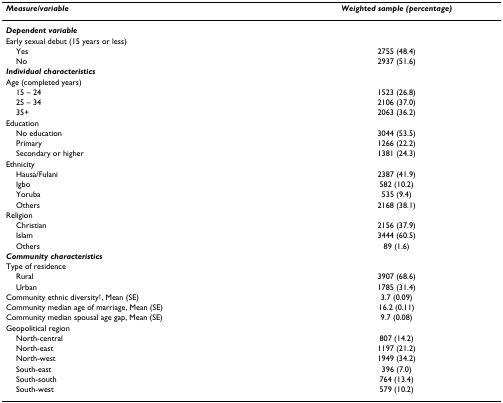
<table><thead><tr><td><b><i>Measure/variable</i></b></td><td><b><i>Weighted sample (percentage)</i></b></td></tr></thead><tbody><tr><td><b><i>Dependent variable</i></b></td><td></td></tr><tr><td>Early sexual debut (15 years or less)</td><td></td></tr><tr><td> Yes</td><td>2755 (48.4)</td></tr><tr><td> No</td><td>2937 (51.6)</td></tr><tr><td><b><i>Individual characteristics</i></b></td><td></td></tr><tr><td>Age (completed years)</td><td></td></tr><tr><td> 15 – 24</td><td>1523 (26.8)</td></tr><tr><td> 25 – 34</td><td>2106 (37.0)</td></tr><tr><td> 35+</td><td>2063 (36.2)</td></tr><tr><td>Education</td><td></td></tr><tr><td> No education</td><td>3044 (53.5)</td></tr><tr><td> Primary</td><td>1266 (22.2)</td></tr><tr><td> Secondary or higher</td><td>1381 (24.3)</td></tr><tr><td>Ethnicity</td><td></td></tr><tr><td> Hausa/Fulani</td><td>2387 (41.9)</td></tr><tr><td> Igbo</td><td>582 (10.2)</td></tr><tr><td> Yoruba</td><td>535 (9.4)</td></tr><tr><td> Others</td><td>2168 (38.1)</td></tr><tr><td>Religion</td><td></td></tr><tr><td> Christian</td><td>2156 (37.9)</td></tr><tr><td> Islam</td><td>3444 (60.5)</td></tr><tr><td> Others</td><td>89 (1.6)</td></tr><tr><td><b><i>Community characteristics</i></b></td><td></td></tr><tr><td>Type of residence</td><td></td></tr><tr><td> Rural</td><td>3907 (68.6)</td></tr><tr><td> Urban</td><td>1785 (31.4)</td></tr><tr><td>Community ethnic diversity<sup>†</sup>, Mean (SE)</td><td>3.7 (0.09)</td></tr><tr><td>Community median age of marriage, Mean (SE)</td><td>16.2 (0.11)</td></tr><tr><td>Community median spousal age gap, Mean (SE)</td><td>9.7 (0.08)</td></tr><tr><td>Geopolitical region</td><td></td></tr><tr><td> North-central</td><td>807 (14.2)</td></tr><tr><td> North-east</td><td>1197 (21.2)</td></tr><tr><td> North-west</td><td>1949 (34.2)</td></tr><tr><td> South-east</td><td>396 (7.0)</td></tr><tr><td> South-south</td><td>764 (13.4)</td></tr><tr><td> South-west</td><td>579 (10.2)</td></tr></tbody></table>